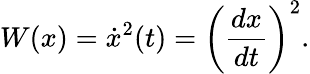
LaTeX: W(x)=\dot{x}^{2}(t)=\left({\frac{dx}{dt}}\right)^{2}.